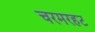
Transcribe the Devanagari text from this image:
चरमरहट